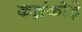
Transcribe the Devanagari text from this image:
कन्नंकोड़े